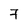
Character: 7